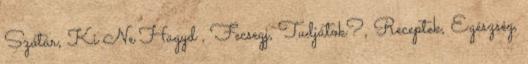
Szótár, Ki Ne Hagyd , Fecsegj, Tudjátok?, Receptek, Egészség,